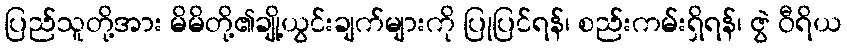
ပြည်သူတို့အား မိမိတို့၏ချို့ယွင်းချက်များကို ပြုပြင်ရန်၊ စည်းကမ်းရှိရန်၊ ဇွဲ ဝီရိယ